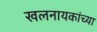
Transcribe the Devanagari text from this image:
खलनायकांच्या